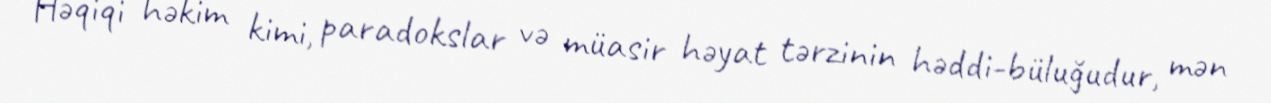
Həqiqi həkim kimi, paradokslar və müasir həyat tərzinin həddi-büluğudur, mən